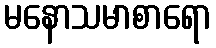
မနောသမာစာရော